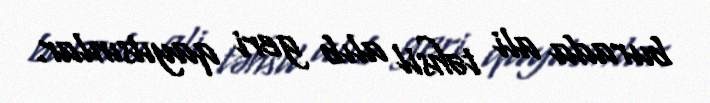
burada ali təhsil alıb geri qayıtsınlar.